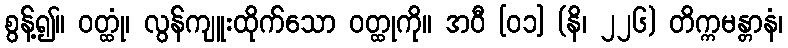
စွန့်၍။ ဝတ္ထုံ၊ လွန်ကျူးထိုက်သော ဝတ္ထုကို။ အဝီ [၀၁] (နိ၊ ၂၂၆) တိက္ကမန္တာနံ၊